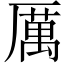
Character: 厲